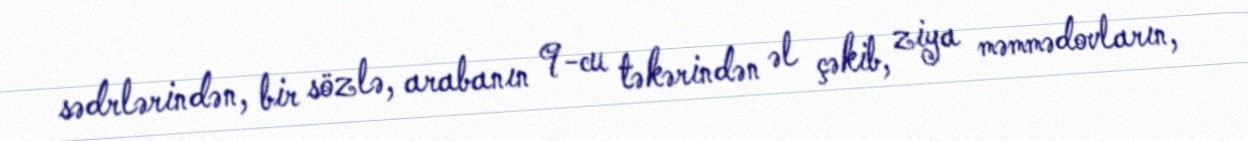
sədrlərindən, bir sözlə, arabanın 9-cu təkərindən əl çəkib, ziya məmmədovların,